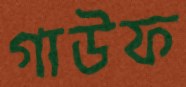
গাউফ